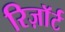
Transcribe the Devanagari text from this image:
रिज़ाॅर्ट